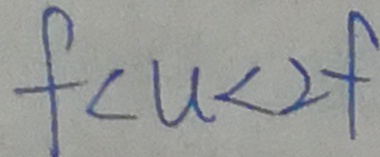
f < u < 2 f